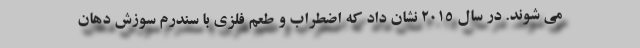
می شوند. در سال 2015 نشان داد که اضطراب و طعم فلزی با سندرم سوزش دهان